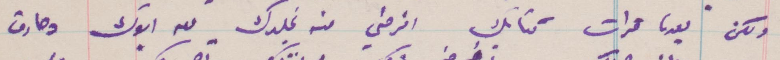
ولكن بعدما قرات كتابك افرحني منه تجلدك معه ابوك وحارث